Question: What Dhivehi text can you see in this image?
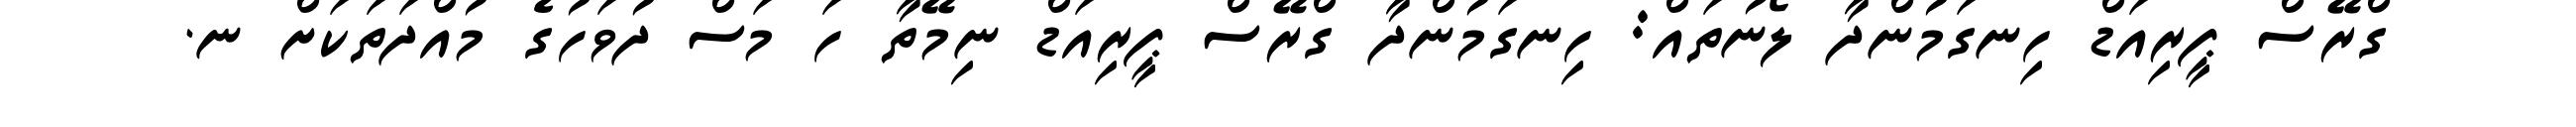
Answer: ގްރޭސް ޕީރިއަޑް ހިނގަމުންދާ ލޯނުތައް: ހިނގަމުންދާ ގްރޭސް ޕީރިއަޑް ނިމޭތާ ހަ މަސް ދުވަހުގެ މުއްދަތަކަށް ނ.